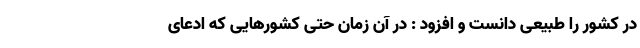
در کشور را طبیعی دانست و افزود : در آن زمان حتی کشورهایی که ادعای